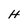
Character: H